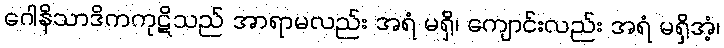
ဂေါနိသာဒိကကုဋိသည် အာရာမလည်း အရံ မရှိ၊ ကျောင်းလည်း အရံ မရှိအံ့၊